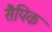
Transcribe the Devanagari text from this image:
सैपिक